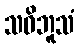
သဝိဘူသံ